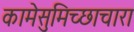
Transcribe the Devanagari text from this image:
कामेसुमिच्छाचारा